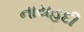
નાયહૂદી